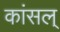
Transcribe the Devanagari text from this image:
कांसल्